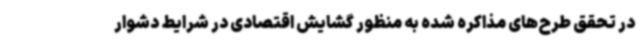
در تحقق طرح‌های مذاکره‌ شده به منظور گشایش اقتصادی در شرایط دشوار